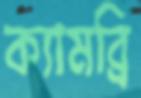
ক্যামব্রি